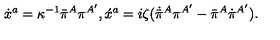
\dot { x } { } ^ { a } = \kappa ^ { - 1 } \bar { \pi } { } ^ { A } \pi ^ { A ^ { \prime } } , \acute { x } { } ^ { a } = i \zeta ( \dot { \bar { \pi } } { } ^ { A } \pi ^ { A ^ { \prime } } - \bar { \pi } { } ^ { A } \dot { \pi } { } ^ { A ^ { \prime } } ) .